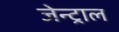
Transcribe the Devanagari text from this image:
जेन्ट्राल